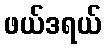
ဖယ်ဒရယ်